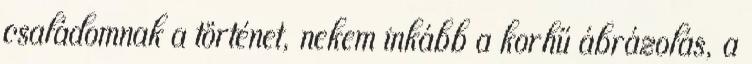
családomnak a történet, nekem inkább a korhű ábrázolás, a